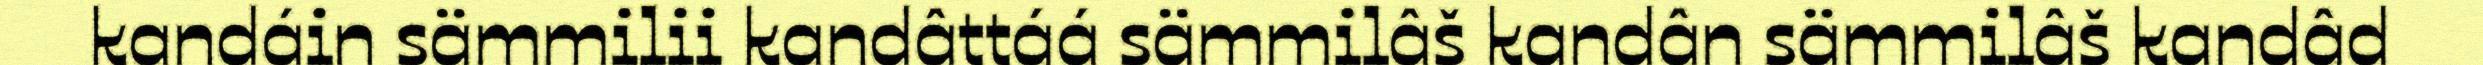
kandáin sämmilii kandâttáá sämmilâš kandân sämmilâš kandâd